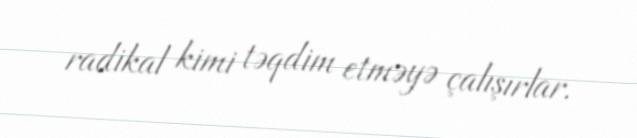
radikal kimi təqdim etməyə çalışırlar.